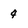
Character: 4